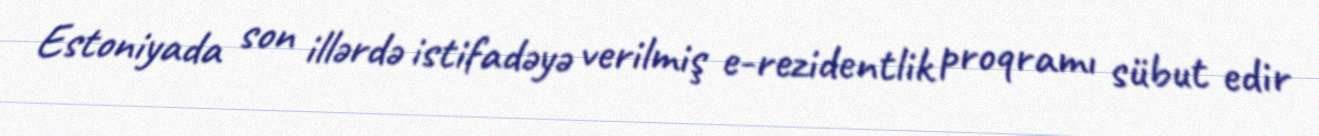
Estoniyada son illərdə istifadəyə verilmiş e-rezidentlik proqramı sübut edir